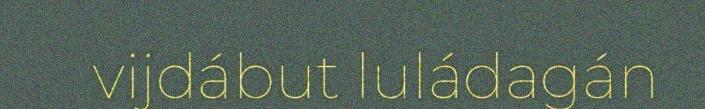
vijdábut luládagán